Calcutta medical institutions reports 1879-81 [i.e.91]
Year: 1879
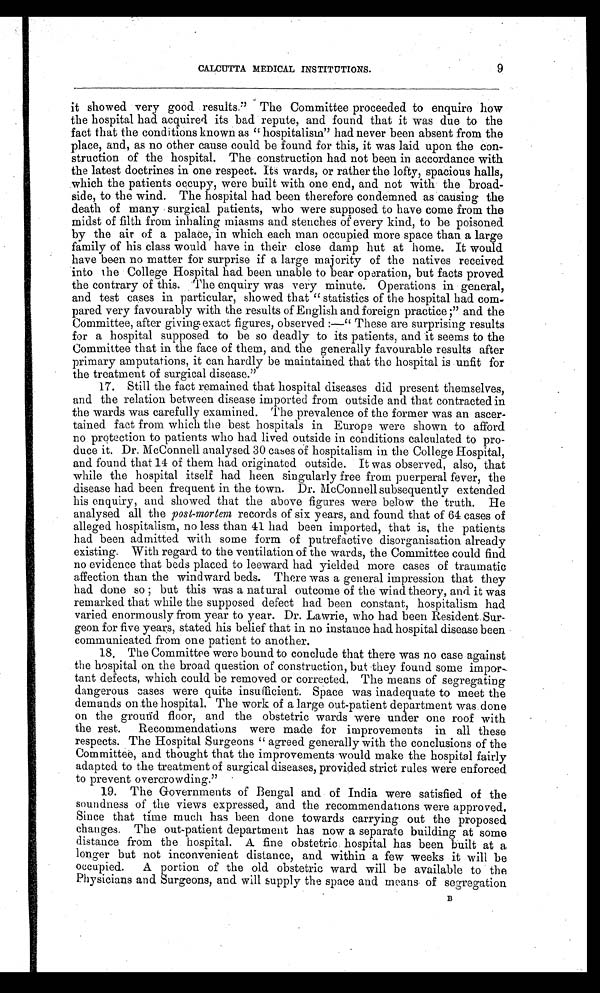
9
CALCUTTA MEDICAL INSTITUTIONS.
it showed very good results." The Committee proceeded to enquire how
the hospital had acquired its bad repute, and found that it was due to the
fact that the conditions known as "hospitalism" had never been absent from the
place, and, as no other cause could be found for this, it was laid upon the con
-
struction of the hospital. The construction had not been in accordance with
the latest doctrines in one respect. Its wards, or rather the lofty, spacious halls,
which the patients occupy, were built with one end, and not with the broad
-
side, to the wind. The hospital had been therefore condemned as causing the
death of many surgical patients, who were supposed to have come from the
midst of filth from inhaling miasms and stenches of every kind, to be poisoned
by the air of a palace, in which each man occupied more space than a large
family of his class would have in their close damp hut at home. It would
have been no matter for surprise if a large majority of the natives received
into the College Hospital had been unable to bear operation, but facts proved
the contrary of this. The enquiry was very minute. Operations in general,
and test cases in particular, showed that "statistics of the hospital had com
-
pared very favourably with the results of English and foreign practice;" and the
Committee, after giving exact figures, observed:—"These are surprising results
for a hospital supposed to be so deadly to its patients, and it seems to the
Committee that in the face of them, and the generally favourable results after
primary amputations, it can hardly be maintained that the hospital is unfit for
the treatment of surgical disease."
17. Still the fact remained that hospital diseases did present themselves,
and the relation between disease imported from outside and that contracted in
the wards was carefully examined. The prevalence of the former was an ascer
-
tained fact from which the best hospitals in Europe were shown to afford
no protection to patients who had lived outside in conditions calculated to pro
-
duce it. Dr. McConnell analysed 30 cases of hospitalism in the College Hospital,
and found that 14 of them had originated outside. It was observed, also, that
while the hospital itself had heen singularly free from puerperal fever, the
disease had been frequent in the town. Dr. McConnell subsequently extended
his enquiry, and showed that the above figures were below the truth. He
analysed all the post-mortem records of six years, and found that of 64 cases of
alleged hospitalism, no less than 41 had been imported, that is, the patients
had been admitted with some form of putrefactive disorganisation already
existing. With regard to the ventilation of the wards, the Committee could find
no evidence that beds placed to leeward had yielded more cases of traumatic
affection than the windward beds. There was a general impression that they
h a d d o n e s o ; b u t t h i s wa s a n a t u r a l o u t c o me o f t h e wi n d t h e o r y , a n d i t wa s
remarked that while the supposed defect had been constant, hospitalism had
varied enormously from year to year. Dr. Lawrie, who had been Resident Sur
-
geon for five years, stated his belief that in no instance had hospital disease been
communicated from one patient to another.
18. The Committee were bound to conclude that there was no case against
the hospital on the broad question of construction, but they found some impor
-
tant defects, which could be removed or corrected. The means of segregating
dangerous cases were quite insufficient. Space was inadequate to meet the
demands on t he hospi t al . The work of a l arge out -pat i ent depart ment was done
on the ground floor, and the obstetric wards were under one roof with
the rest. Recommendations were made for improvements in all these
respects. The Hospital Surgeons "agreed generally with the conclusions of the
Committee, and thought that the improvements would make the hospital fairly
adapted to the treatment of surgical diseases, provided strict rules were enforced
to prevent overcrowding."
19. The Governments of Bengal and of India were satisfied of the
soundness of the views expressed, and the recommendations were approved.
Since that time much has been done towards carrying out the proposed
changes. The out-patient department has now a separate building at some
distance from the hospital. A fine obstetric hospital has been built at a
longer but not inconvenient distance, and within a few weeks it will be
occupied. A portion of the old obstetric ward will be available to the
Physicians and Surgeons, and will supply the space and means of segregation
B